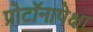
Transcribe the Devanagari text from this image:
प्रोटॉनापेक्षा